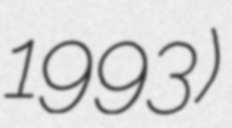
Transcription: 1993)